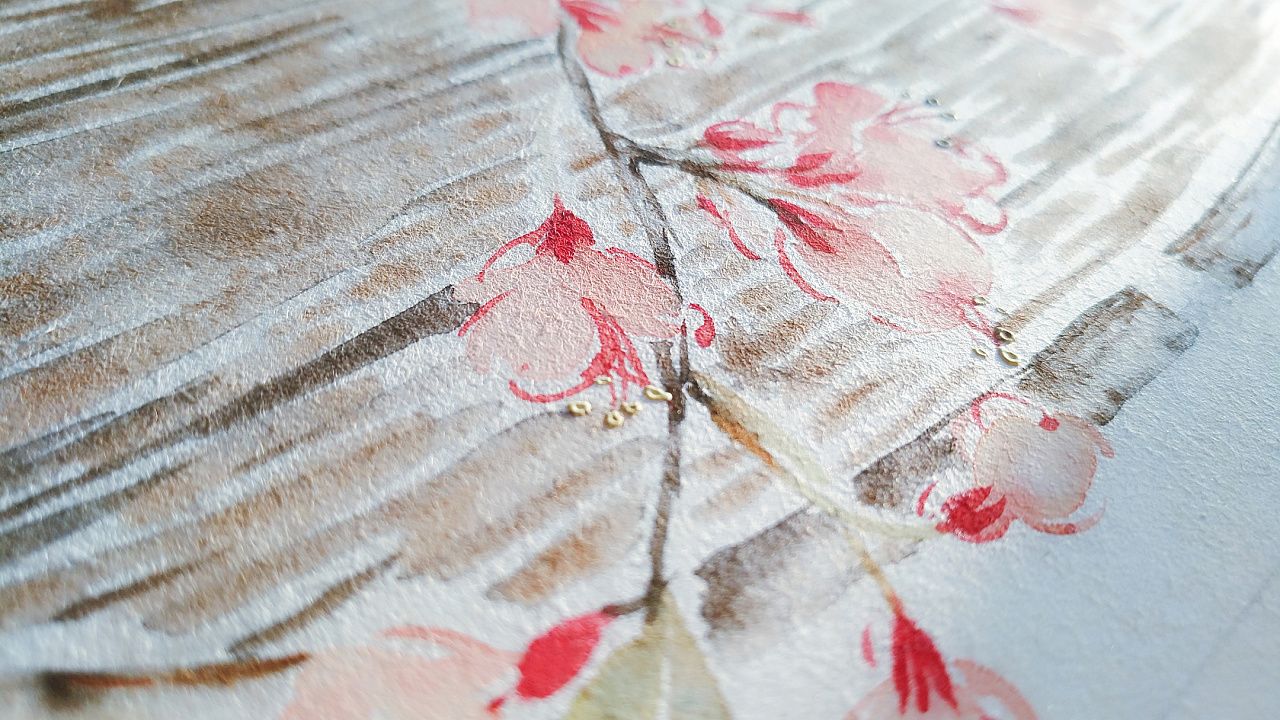
清香随风发，落日好鸟归。